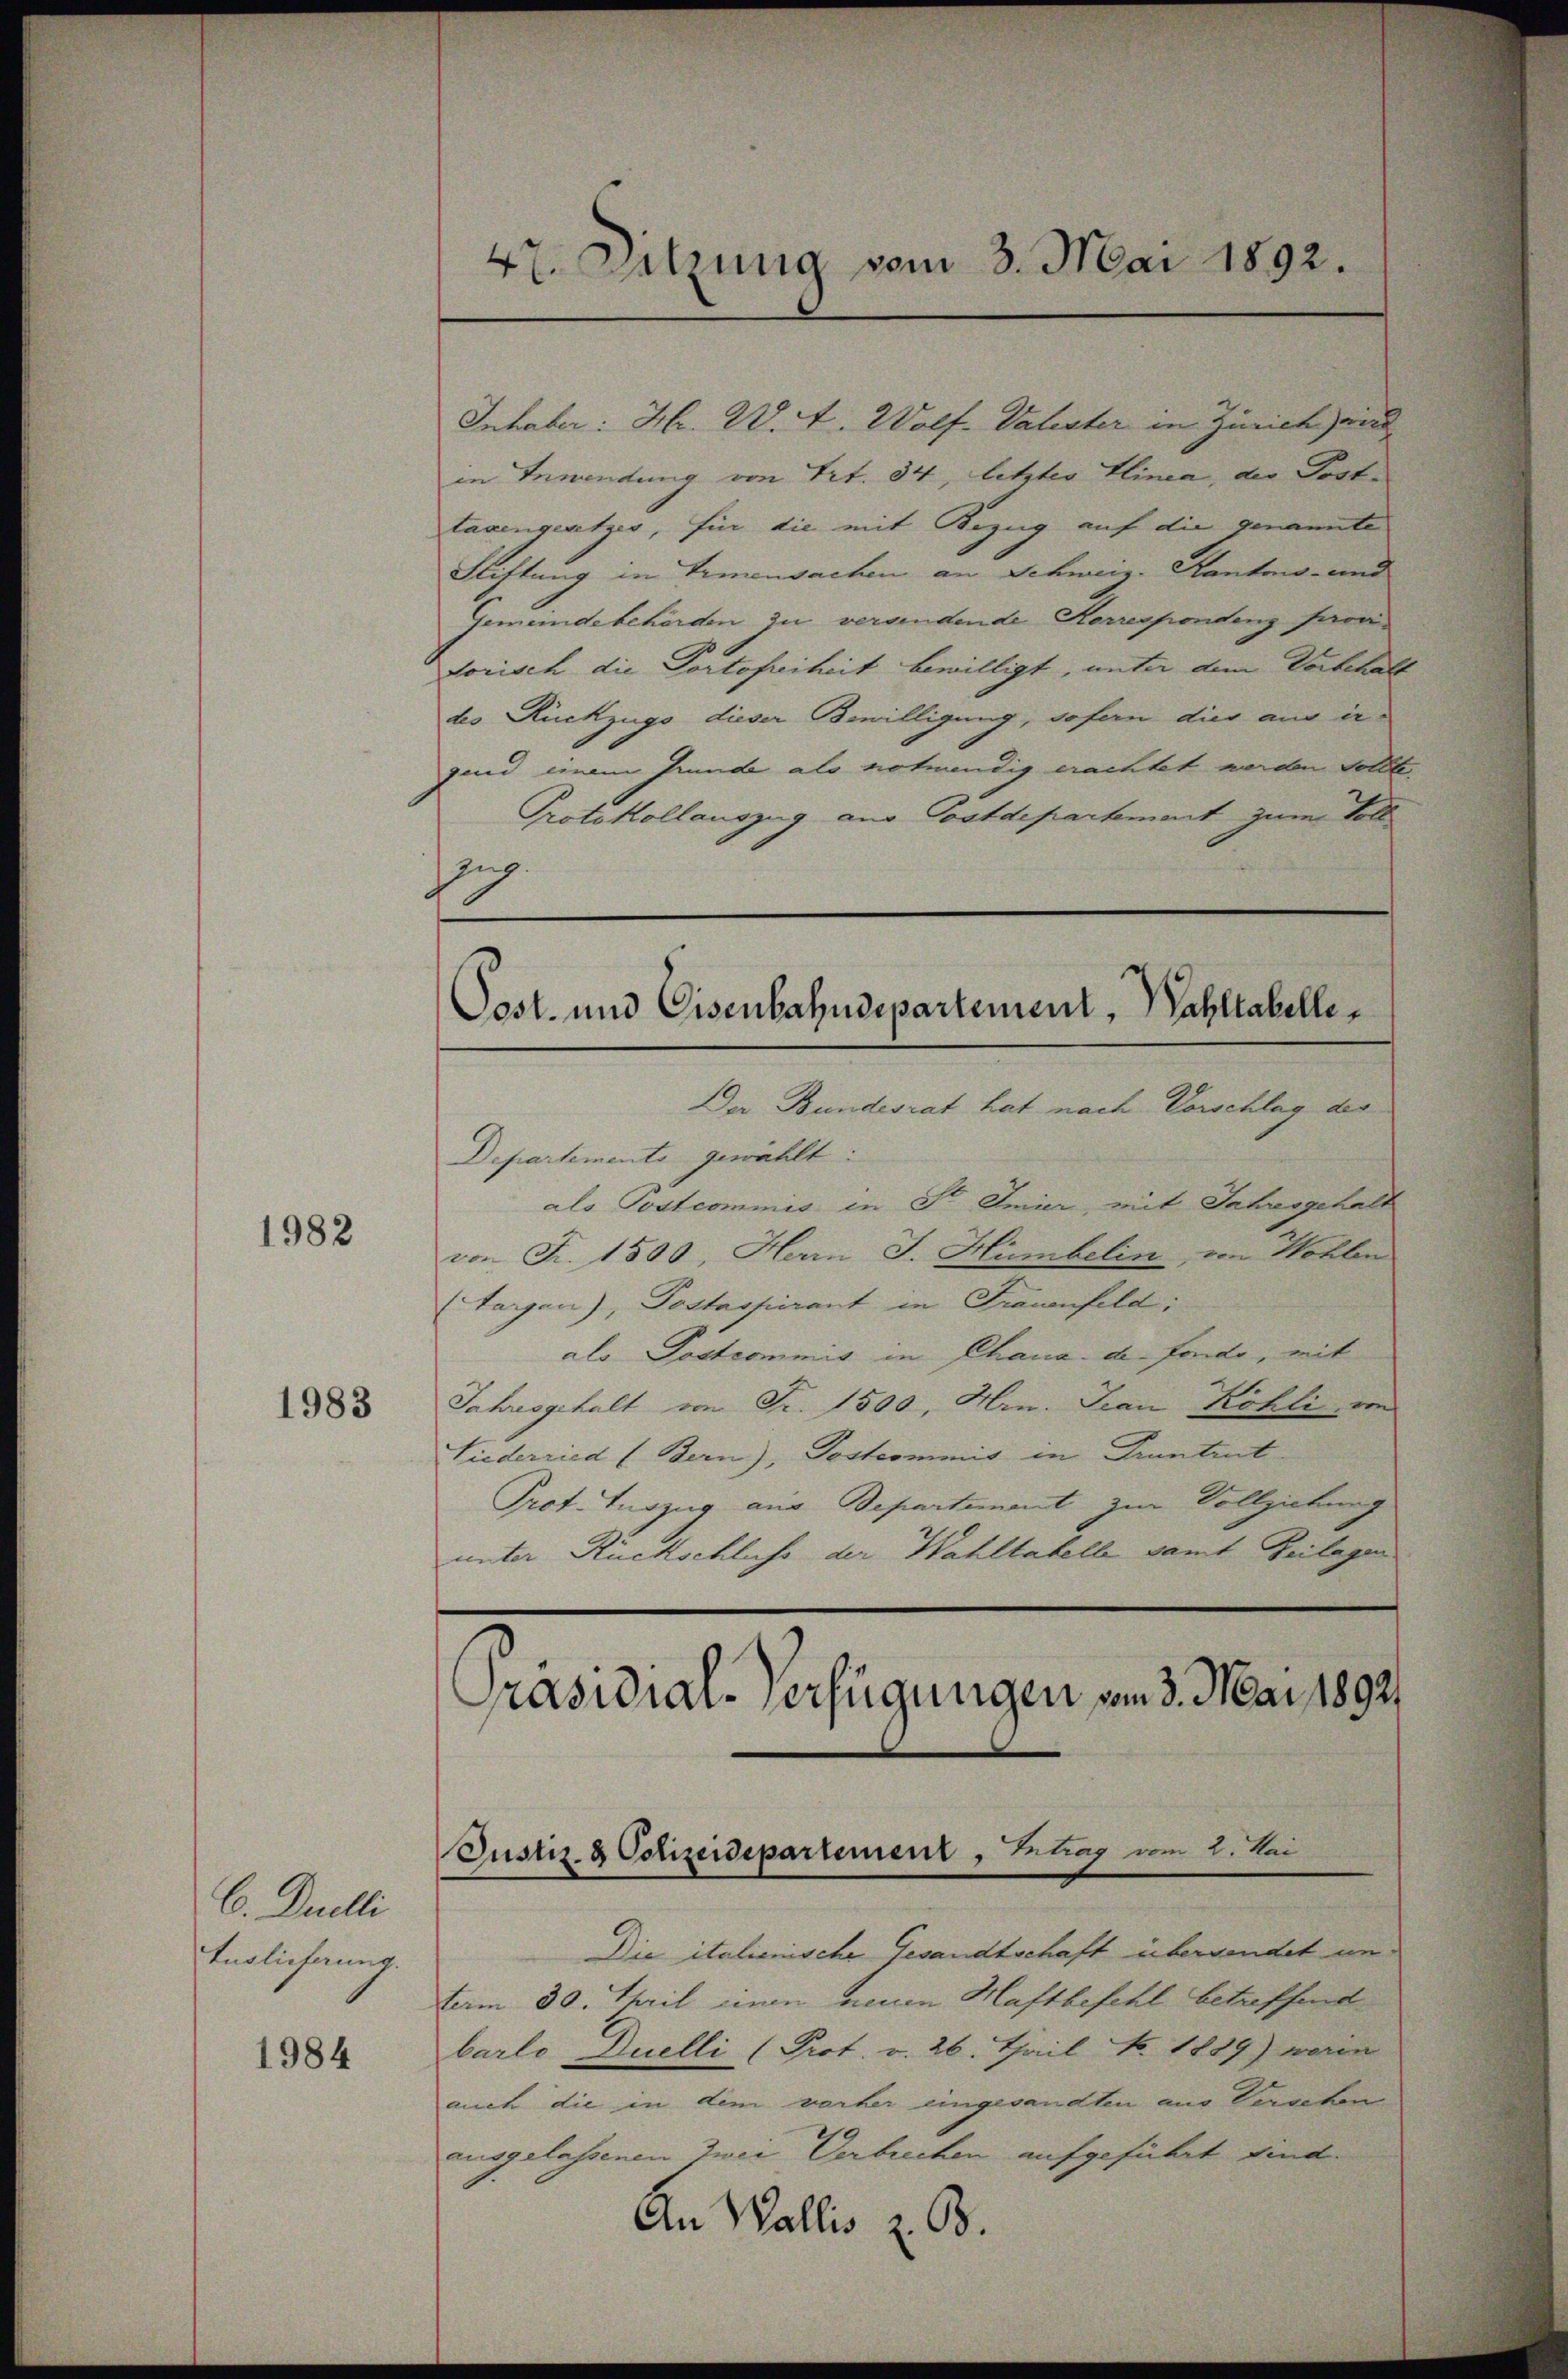
1982

1983

C. Duelli
Englicherung.

1984

Inhaber: Hr. W. A. Wolf. Valester in Zürich zei
in Bewendung von Trt. 34, letzter Linea, der Post-
tanengesetzes, für die mit Bezug auf die genannte
Stiftung in Armensachen an Schweiz. Kantons- und
Gemeindebehörden zu verandende Korrespondenz Pioni
dorisch die Portofreiheit bewilligt, unter dem Vorbehalt
des Rückzugs dieser Bewilligung, sofern dies aus ingend einem Grunde als notwendig erachtet werden sollte,
Protokollauszug aus Postdepartement zum Voll
g.

47. Sitzung vom 3. Mai 1892.

Post- und Eisenbahndepartement, Wahltabelle

Der Bundesrat hat nach Vorschlag des
Departemente gewählt:
als Postcommis in Sr. Emier, mit Jahresgehalt
von Fr. 1500, Herrn J. Humbelin, von Wohlen
targen), Postaspirant in Frauenfeld,
als Postcommis in Phana de fonde, mit
Jahresgehalt von Fr. 1500, Hrn. Jean Köhli, von
Viederried (Bern), Dostcommis in Pruntrut
Prof. Tuszug aus Departement zur Vollziehung
unter Rückschluss der Wahltatelle samt Zeilagen

Präsidial-Verfügungen vom 3. Mai 1892.
Justiz- & Polizeidepartement, Intrag vom 2. Kai

Die italienische Gesandtschaft übersendet unterm 30. April einen neuen Haftbefehl betreffend
barlo Duelli (Prot. v. 26. Thail No. 1889) worin
auch die in dem vorher eingesandten aus Verschen
ausgelassenen Zwei Verbrechen aufgeführt sind.
An Wallis z. B.